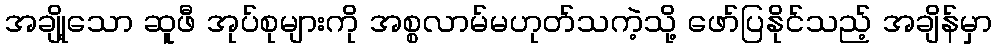
အချို့သော ဆူဖီ အုပ်စုများကို အစ္စလာမ်မဟုတ်သကဲ့သို့ ဖော်ပြနိုင်သည့် အချိန်မှာ